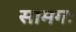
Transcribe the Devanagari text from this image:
सामगः